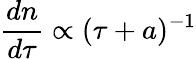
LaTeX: \frac{dn}{d\tau}\propto(\tau+a)^{-1}